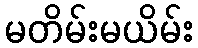
မတိမ်းမယိမ်း